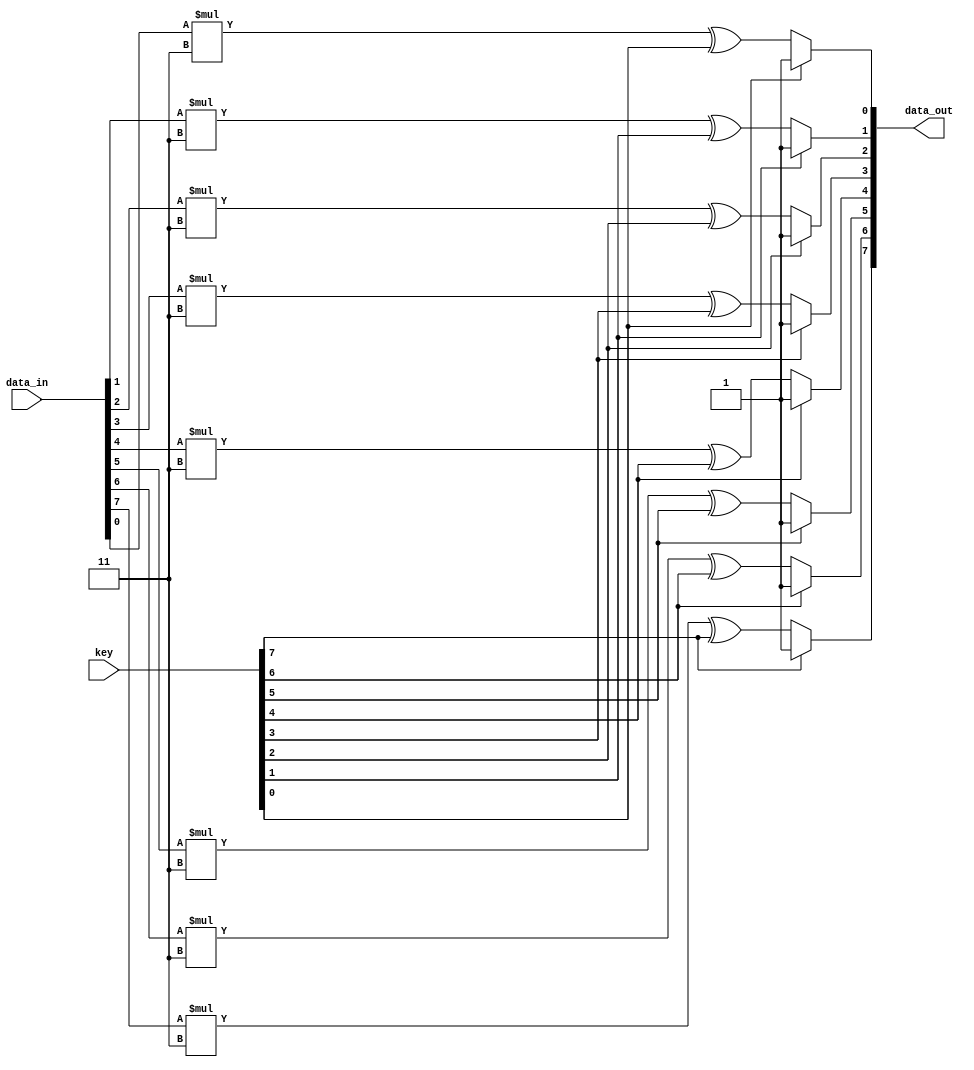
// secure_encryption_module.v
module secure_encryption_module #(parameter N = 8) (
    input wire [N-1:0] data_in,
    input wire [N-1:0] key,
    output reg [N-1:0] data_out
);
    integer i;

    always @(*) begin
        for (i = 0; i < N; i = i + 1) begin
            if (key[i] == 1'b1)
                data_out[i] = (data_in[i] << 1) ^ key[i];  // Double and XOR with key bit if key bit is 1
            else
                data_out[i] = (data_in[i] * 3) ^ key[i];  // Multiply by 3 and XOR with key bit if key bit is 0
        end
    end
endmodule